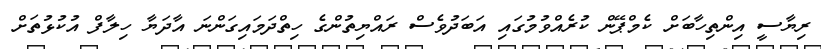
ރިޔާސީ އިންތިހާބަށް ކެމްޕޭން ކުރެއްވުމުގައި އަބަދުވެސް ރައްޔިތުންގެ ހިތްދަމައިގަންނަ އާދަޔާ ހިލާފް އުކުޅުތަށް